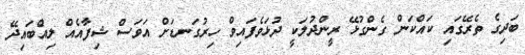
ބަދިގެ ތެރޭގައި ކައްކަން ގެންގުޅޭ ރީންދުލަކީ ދުޅަވެފައިވް ހިރުގަނޑަށް އަވަސް ޝިފާއެއް ލިއްބައިދޭ